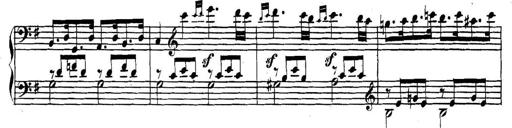
Title: Collected Piano Sonatas
Composer: Muzio Clementi